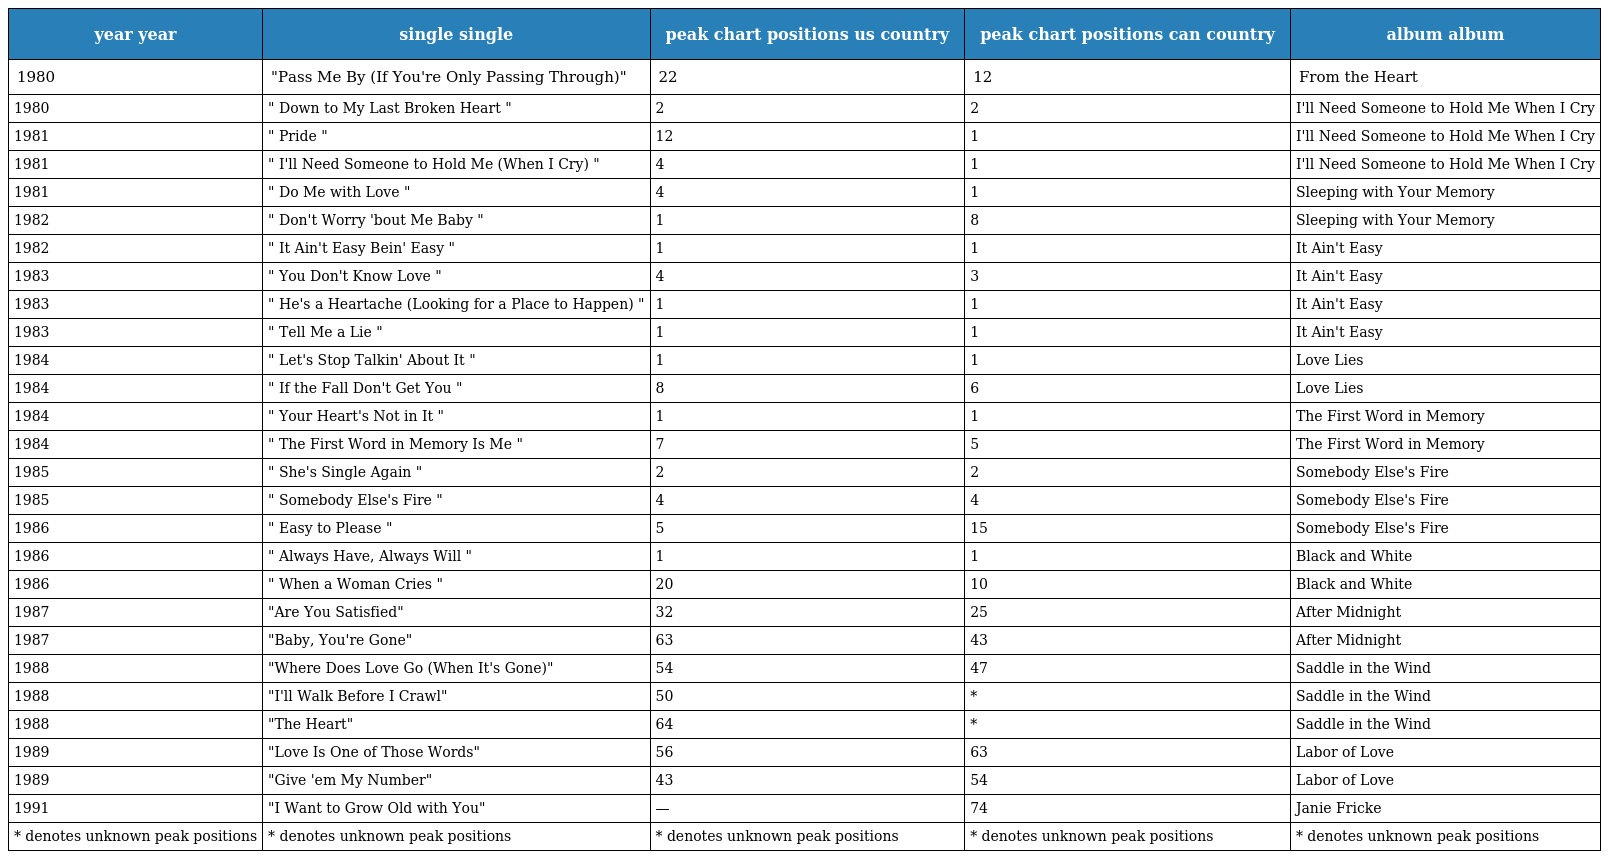
| year year | single single | peak chart positions us country | peak chart positions can country | album album |
 | --- | --- | --- | --- | --- |
 | 1980 | "Pass Me By (If You're Only Passing Through)" | 22 | 12 | From the Heart |
 | 1980 | " Down to My Last Broken Heart " | 2 | 2 | I'll Need Someone to Hold Me When I Cry |
 | 1981 | " Pride " | 12 | 1 | I'll Need Someone to Hold Me When I Cry |
 | 1981 | " I'll Need Someone to Hold Me (When I Cry) " | 4 | 1 | I'll Need Someone to Hold Me When I Cry |
 | 1981 | " Do Me with Love " | 4 | 1 | Sleeping with Your Memory |
 | 1982 | " Don't Worry 'bout Me Baby " | 1 | 8 | Sleeping with Your Memory |
 | 1982 | " It Ain't Easy Bein' Easy " | 1 | 1 | It Ain't Easy |
 | 1983 | " You Don't Know Love " | 4 | 3 | It Ain't Easy |
 | 1983 | " He's a Heartache (Looking for a Place to Happen) " | 1 | 1 | It Ain't Easy |
 | 1983 | " Tell Me a Lie " | 1 | 1 | It Ain't Easy |
 | 1984 | " Let's Stop Talkin' About It " | 1 | 1 | Love Lies |
 | 1984 | " If the Fall Don't Get You " | 8 | 6 | Love Lies |
 | 1984 | " Your Heart's Not in It " | 1 | 1 | The First Word in Memory |
 | 1984 | " The First Word in Memory Is Me " | 7 | 5 | The First Word in Memory |
 | 1985 | " She's Single Again " | 2 | 2 | Somebody Else's Fire |
 | 1985 | " Somebody Else's Fire " | 4 | 4 | Somebody Else's Fire |
 | 1986 | " Easy to Please " | 5 | 15 | Somebody Else's Fire |
 | 1986 | " Always Have, Always Will " | 1 | 1 | Black and White |
 | 1986 | " When a Woman Cries " | 20 | 10 | Black and White |
 | 1987 | "Are You Satisfied" | 32 | 25 | After Midnight |
 | 1987 | "Baby, You're Gone" | 63 | 43 | After Midnight |
 | 1988 | "Where Does Love Go (When It's Gone)" | 54 | 47 | Saddle in the Wind |
 | 1988 | "I'll Walk Before I Crawl" | 50 | * | Saddle in the Wind |
 | 1988 | "The Heart" | 64 | * | Saddle in the Wind |
 | 1989 | "Love Is One of Those Words" | 56 | 63 | Labor of Love |
 | 1989 | "Give 'em My Number" | 43 | 54 | Labor of Love |
 | 1991 | "I Want to Grow Old with You" | — | 74 | Janie Fricke |
 | * denotes unknown peak positions | * denotes unknown peak positions | * denotes unknown peak positions | * denotes unknown peak positions | * denotes unknown peak positions |